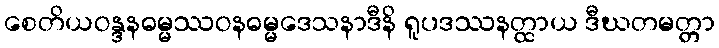
စေတိယဝန္ဒနဓမ္မဿဝနဓမ္မဒေသနာဒီနိ ရူပဒဿနတ္ထာယ ဒီဃတမတ္တာ